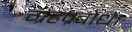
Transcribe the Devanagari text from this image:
ग्रहप्रबोध।